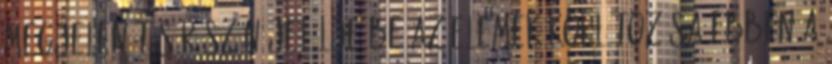
Megjelenítés részén jelölje be az Elemek korlátozása ebben a